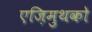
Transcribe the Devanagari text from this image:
एज़िमुथको